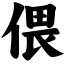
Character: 偎